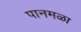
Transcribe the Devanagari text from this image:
पानमळा